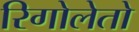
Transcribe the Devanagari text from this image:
रिगोलेतो